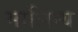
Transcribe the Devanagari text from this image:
मालिन्य